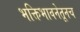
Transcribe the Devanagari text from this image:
भक्तिभावनेतूनच